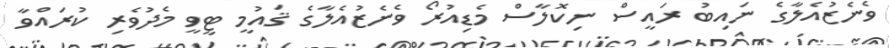
ވެނެޒުއެލާގެ ނައިބު ރައީސް ނިކޮލާސް މެޑިއުރޯ ވެނެޒުއެލާގެ ޤައުމީ ޓީވީ މެދުވެރި ކުރައްވާ